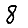
Digit: 8